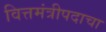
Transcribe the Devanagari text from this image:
वित्तमंत्रीपदाचा